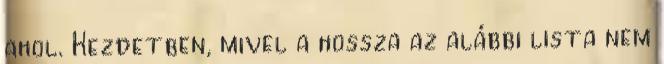
ahol. Kezdetben, mivel a hossza az alábbi lista nem